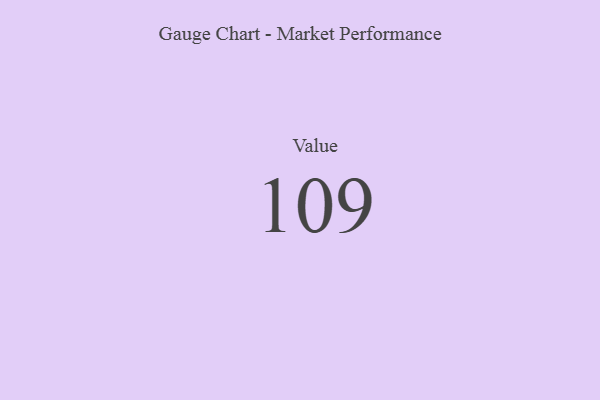
{"axis": {"x": "Metric", "y": "Value"}, "legend": [""], "data": [{"x": "Value", "y": 109, "type": ""}]}